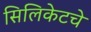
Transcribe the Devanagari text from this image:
सिलिकेटचे